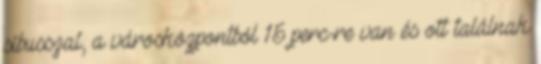
síbusszal, a városközpontból 15 perc-re van és ott találnak